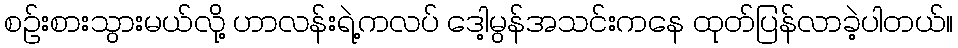
စဉ်းစားသွားမယ်လို့ ဟာလန်းရဲ့ကလပ် ဒေါ့မွန်အသင်းကနေ ထုတ်ပြန်လာခဲ့ပါတယ်။